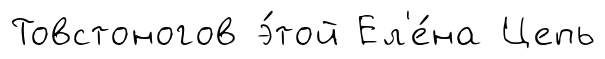
Товстоногов э́той Ел'е́на Цепь